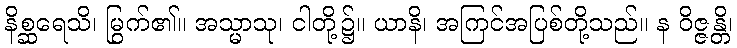
နိစ္ဆရေသိ၊ မြွက်၏။ အသ္မာသု၊ ငါတို့၌။ ယာနိ၊ အကြင်အပြစ်တို့သည်။ န ဝိဇ္ဇန္တိ၊